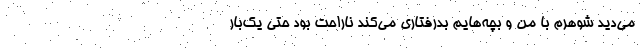
می‌دید شوهرم با من و بچه‌هایم بدرفتاری می‌کند ناراحت بود حتی یک‌بار